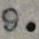
9.